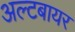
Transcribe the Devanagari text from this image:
अल्टबायर